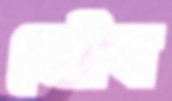
যৌব